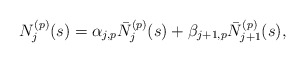
\begin{align*}N_{j}^{(p)}(s)=\alpha_{j,p}\bar N_{j}^{(p)}(s)+\beta_{j+1,p}\bar N_{j+1}^{(p)}(s), \end{align*}